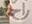
راح